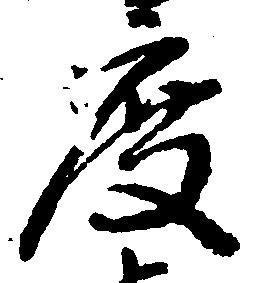
度